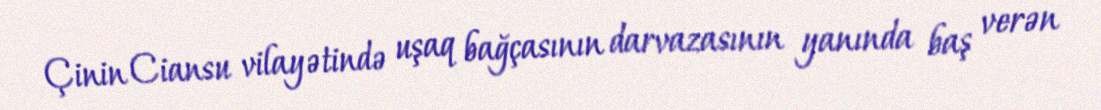
Çinin Ciansu vilayətində uşaq bağçasının darvazasının yanında baş verən